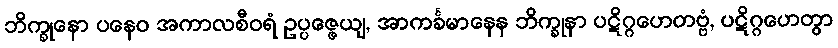
ဘိက္ခုနော ပနေဝ အကာလစီဝရံ ဥပ္ပဇ္ဇေယျ, အာကင်္ခမာနေန ဘိက္ခုနာ ပဋိဂ္ဂဟေတဗ္ဗံ, ပဋိဂ္ဂဟေတွာ